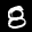
Label: 8